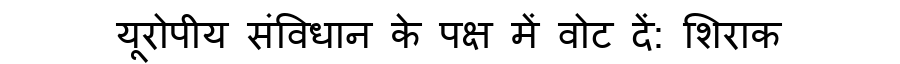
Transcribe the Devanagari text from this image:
यूरोपीय संविधान के पक्ष में वोट दें: शिराक